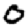
Digit: 0